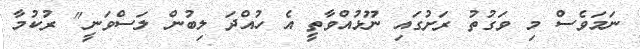
ނަމަވެސް މި ވަގުތު ރަށުގައި ނޫޅުއްވާތީ އެ ހުއްދަ ލިބުން ލަސްވަނީ" ރުކުމާ